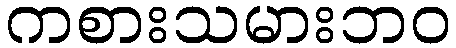
ကစားသမားဘဝ